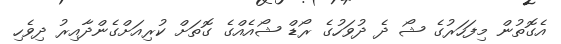
އެގޮތުން މިފަހަރުގެ ޝޯ ދެ ދުވަހުގެ ރޯޑް ޝޯއެއްގެ ގޮތަށް ކުރިއަށްގެންދާއިރު ދިވެހި